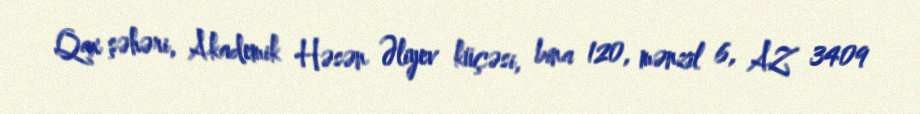
Qax şəhəri, Akademik Həsən Əliyev küçəsi, bina 120, mənzil 6, AZ 3409